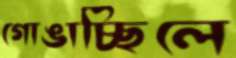
গোঙাচ্ছিলে